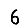
Digit: 6